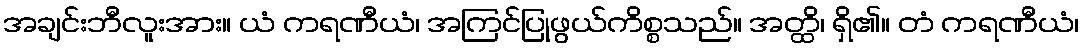
အချင်းဘီလူးအား။ ယံ ကရဏီယံ၊ အကြင်ပြုဖွယ်ကိစ္စသည်။ အတ္ထိ၊ ရှိ၏။ တံ ကရဏီယံ၊